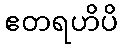
ဧတရဟိပိ